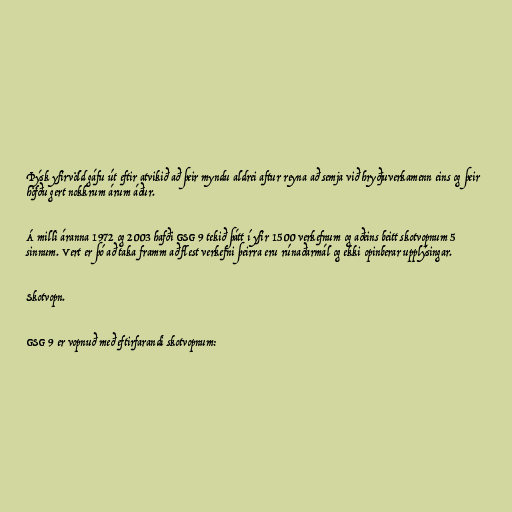
Þýsk yfirvöld gáfu út eftir atvikið að þeir myndu aldrei aftur reyna að semja við hryðjuverkamenn eins og þeir
höfðu gert nokkrum árum áður.

Á milli áranna 1972 og 2003 hafði GSG 9 tekið þátt í yfir 1500 verkefnum og aðeins beitt skotvopnum 5
sinnum. Vert er þó að taka framm að flest verkefni þeirra eru rúnaðarmál og ekki opinberar upplýsingar.

Skotvopn.

GSG 9 er vopnuð með eftirfarandi skotvopnum: